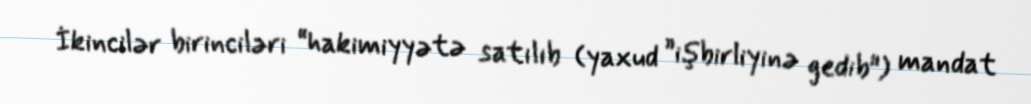
İkincilər birinciləri “hakimiyyətə satılıb (yaxud ”işbirliyinə gedib") mandat